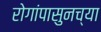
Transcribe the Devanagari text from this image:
रोगांपासुनच्या